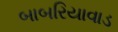
બાબરિયાવાડ